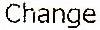
CHANGE